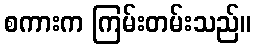
စကားက ကြမ်းတမ်းသည်။